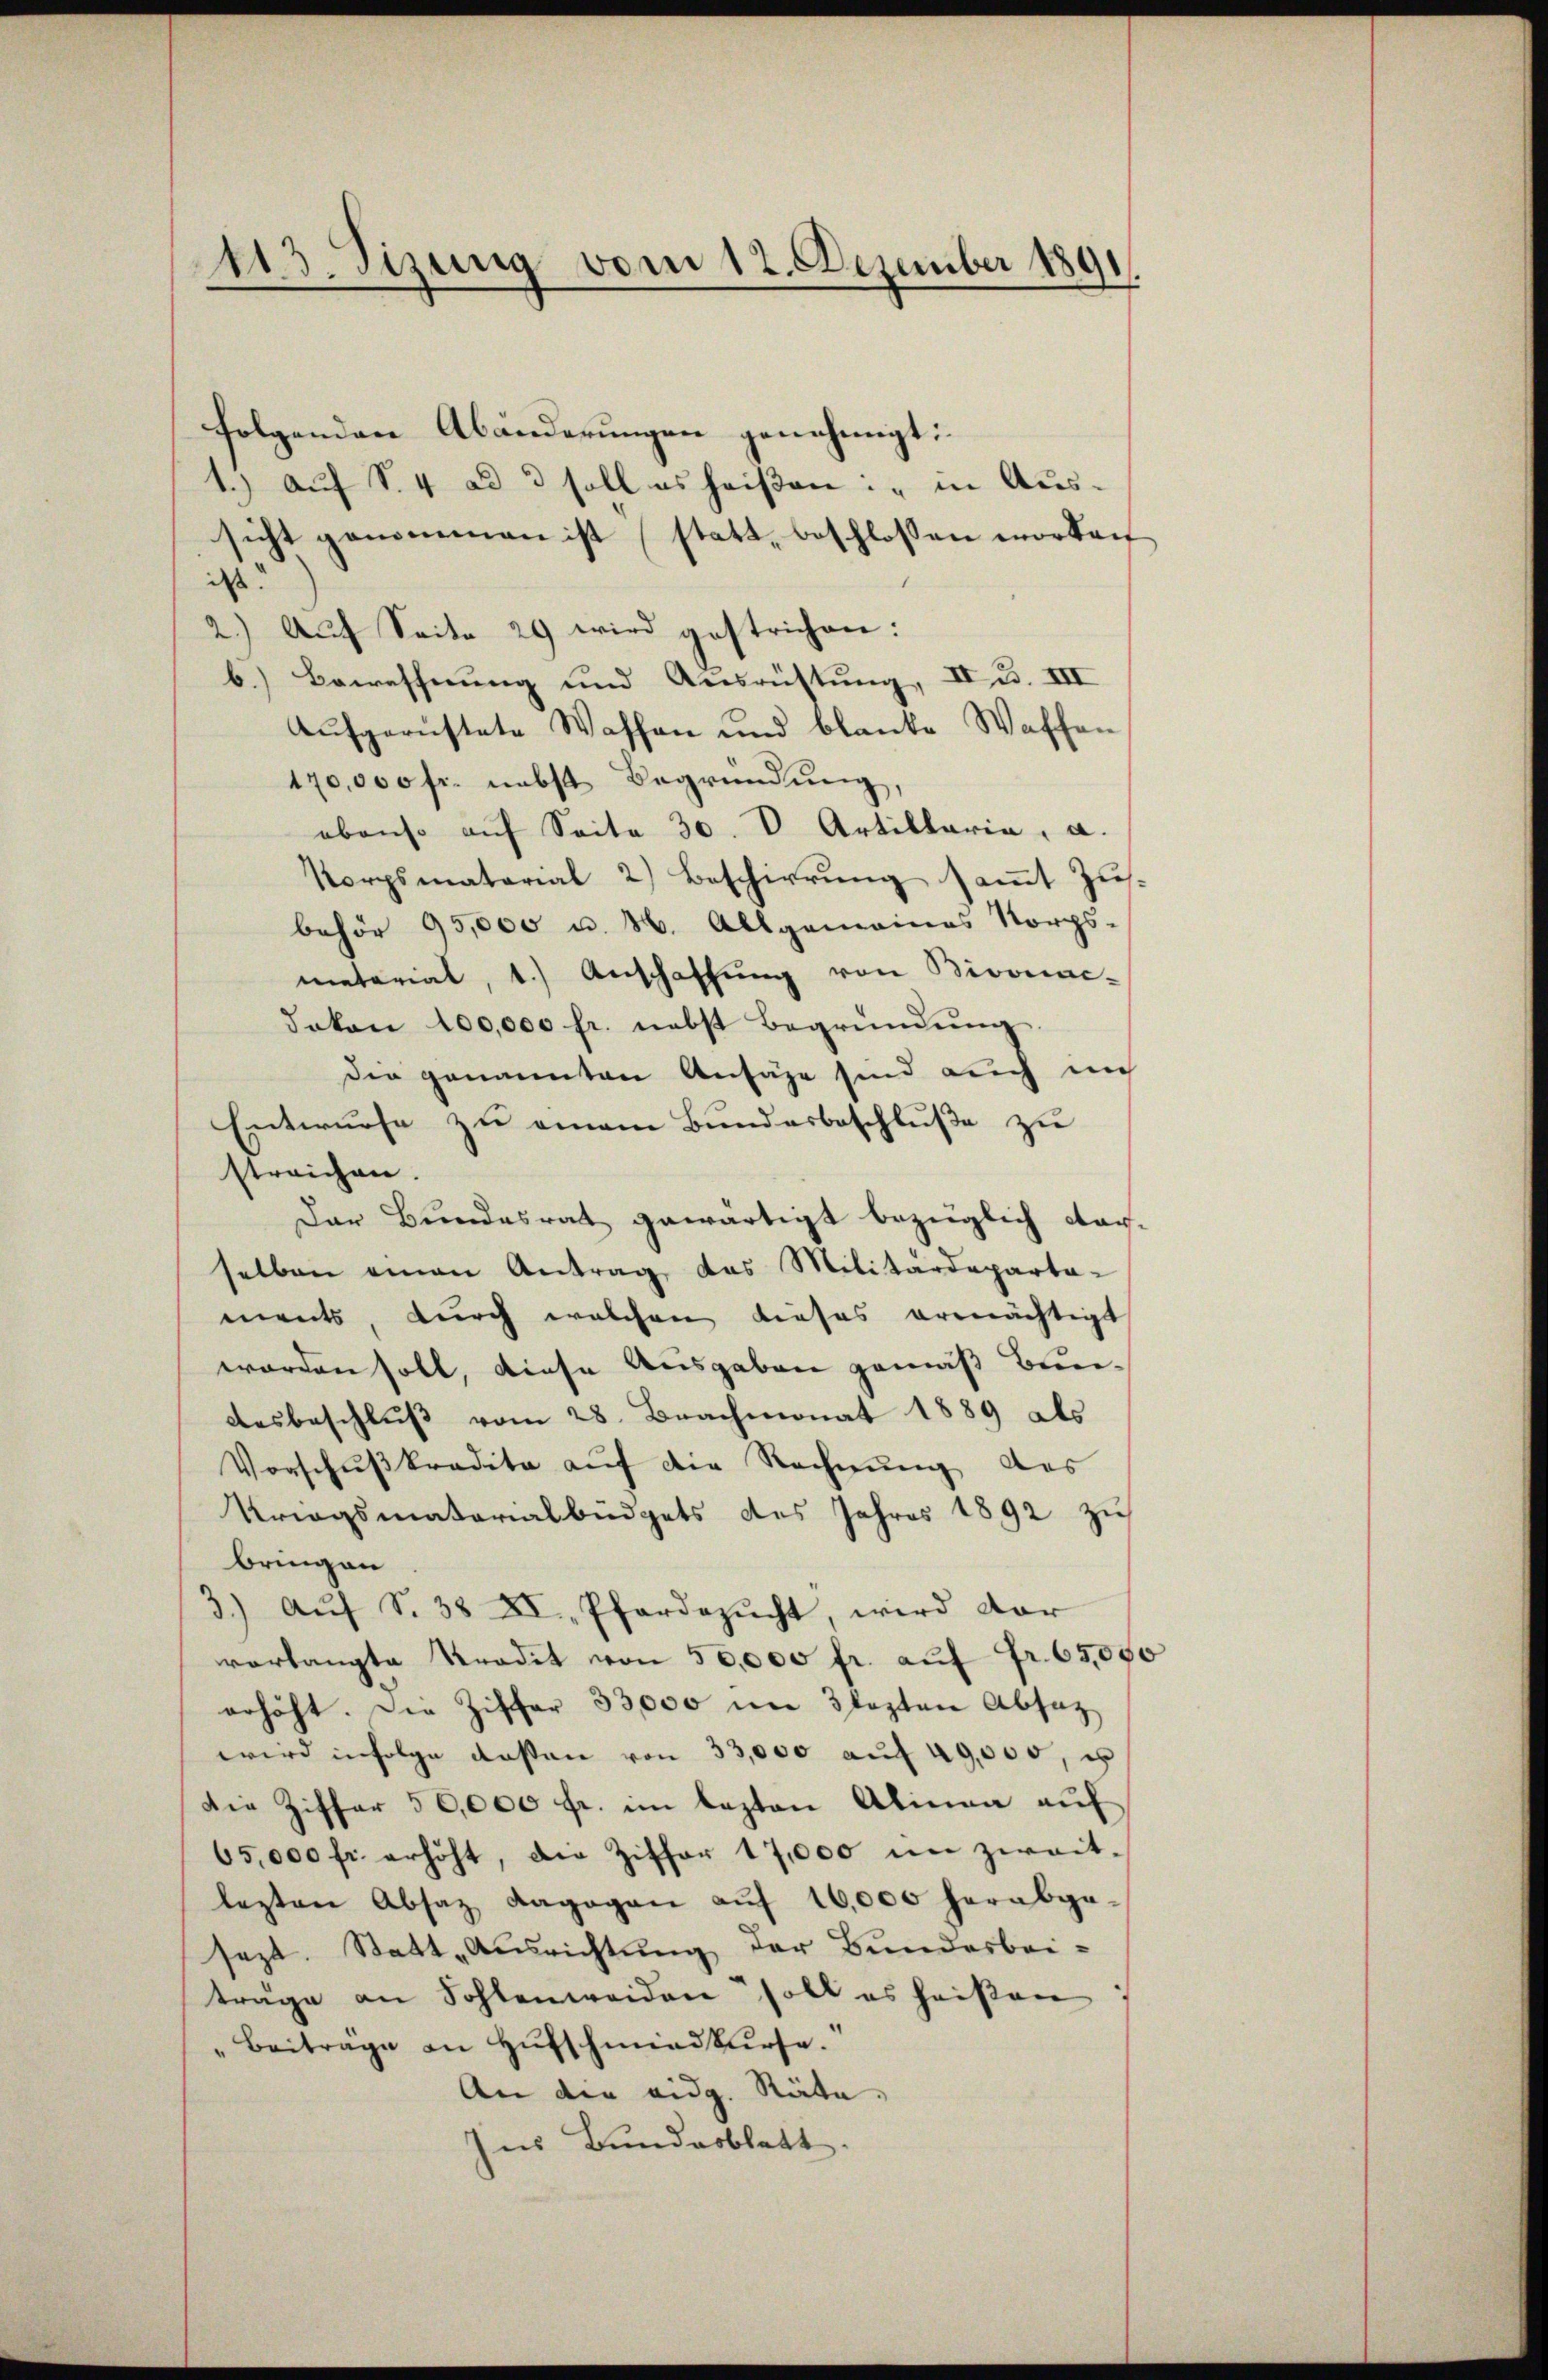
113. Sizung vom 12. Dezember 1891

folgenden Abänderungen genehmigt:
1.) Auf S. 4 ad 3 soll es heißen: "in Aussicht genommen ist statt, beschlossen worden
dass
2.) Auf Seite 29 wird gestrichen:
b.) Bewaffnung und Ausrüstung, II u. III
Aufgerüstete Waffen und blanke Waffen
170,000 fr. nebst Begründung,
ebenso auf Seite 30. V Artillaria, a.
Korpsmaterial 2) Beschirrung sammt Zusbehör 95,000 u. N. Allgemeines Norgs-
metarial, 1.) Anschaffŭng von Bivonac-
dakon 100,000 fr. nebst Begründŭng
der genannten Ansähe sind auch nich
Entwurfe zu einem Bundesbeschluße zu
streichen.
Der Bundesrat gewärtigt bezüglich darselben einen Antrag das Militärdeparta-
ments, durch welchen dieses ermächtigt
worden soll, diese Ausgaben gemäß Bundesbeschluss vom 28. Brachmonat 1889 als
Vorschŭβkradita aŭf die Rechnŭng des
Kriegsmatorialbüdgets des Jahres 1892 zu
bringen
3.) Auf S. 38 XI. Pferdezucht, wird vor
verlangte Kredit von 50,000 fr. auf Fr. 65,000
erhöht. Die Ziffer 33,000 im lezten Absatz
wird infolge dassen von 33,000 auf 49,000, u
Die Ziffer 50,000 fr. im lezten Alinen auf
65,000 fr. erhöht, die Ziffer 17,000 im zweit-
lezten Absaz dagegen aŭf 16,000 herabge-
sezt. Statt „Ausrichtung der Bundesbeiträge an Sohlenweiden soll es heißen
" Beitrage an Hufschmiedkurse.
An die eidg. Räte,
Ins Bundesblatt.